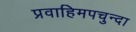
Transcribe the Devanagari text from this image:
प्रवाहिमपचुन्दा